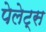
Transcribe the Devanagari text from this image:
पेलेट्स